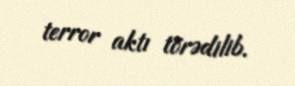
terror aktı törədilib.